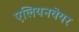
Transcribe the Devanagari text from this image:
एलियनवेयर